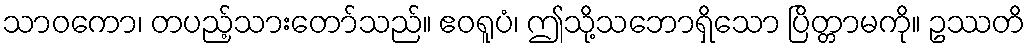
သာဝကော၊ တပည့်သားတော်သည်။ ဧဝရူပံ၊ ဤသို့သဘောရှိသော ပြိတ္တာမကို။ ဥဿတိ